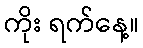
ကိုး ရက်နေ့။